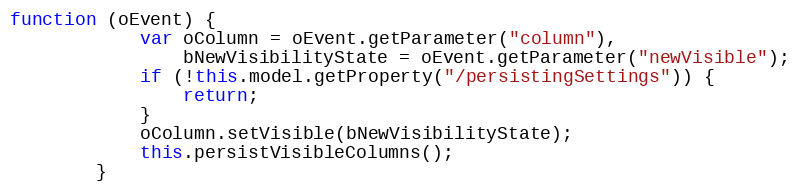
Language: JavaScript
function (oEvent) {
			var oColumn = oEvent.getParameter("column"),
				bNewVisibilityState = oEvent.getParameter("newVisible");
			if (!this.model.getProperty("/persistingSettings")) {
				return;
			}
			oColumn.setVisible(bNewVisibilityState);
			this.persistVisibleColumns();
		}